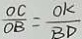
\frac { O C } { O B } = \frac { O K } { B D }